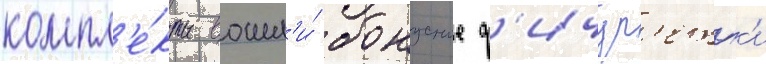
компл'е́кты вошл'и́ бонусные ф'ичур'етк'и